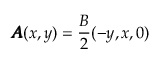
\pmb { A } ( x , y ) = \frac { B } { 2 } ( - y , x , 0 )